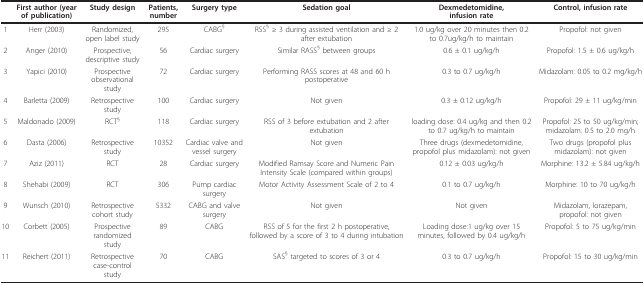
<table><thead><tr><td></td><td><b>First author (year of publication)</b></td><td><b>Study design</b></td><td><b>Patients, number</b></td><td><b>Surgery type</b></td><td><b>Sedation goal</b></td><td><b>Dexmedetomidine,infusion rate</b></td><td><b>Control, infusion rate</b></td></tr></thead><tbody><tr><td>1</td><td>Herr (2003)</td><td>Randomized, open label study</td><td>295</td><td>CABG<sup>§</sup></td><td>RSS<sup>§ </sup>≥ 3 during assisted ventilation and ≥ 2 after extubation</td><td>1.0 ug/kg over 20 minutes then 0.2 to 0.7ug/kg/h to maintain</td><td>Propofol: not given</td></tr><tr><td>2</td><td>Anger (2010)</td><td>Prospective, descriptive study</td><td>56</td><td>Cardiac surgery</td><td>Similar RASS<sup>§ </sup>between groups</td><td>0.6 ± 0.1 ug/kg/h</td><td>Propofol: 1.5 ± 0.6 ug/kg/h</td></tr><tr><td>3</td><td>Yapici (2010)</td><td>Prospective observational study</td><td>72</td><td>Cardiac surgery</td><td>Performing RASS scores at 48 and 60 h postoperative</td><td>0.3 to 0.7 ug/kg/h</td><td>Midazolam: 0.05 to 0.2 mg/kg/h</td></tr><tr><td>4</td><td>Barletta (2009)</td><td>Retrospective study</td><td>100</td><td>Cardiac surgery</td><td>Not given</td><td>0.3 ± 0.12 ug/kg/h</td><td>Propofol: 29 ± 11 ug/kg/min</td></tr><tr><td>5</td><td>Maldonado (2009)</td><td>RCT<sup>§</sup></td><td>118</td><td>Cardiac surgery</td><td>RSS of 3 before extubation and 2 after extubation</td><td>loading dose: 0.4 ug/kg and then 0.2 to 0.7 ug/kg/h to maintain</td><td>Propofol: 25 to 50 ug/kg/min; midazolam: 0.5 to 2.0 mg/h</td></tr><tr><td>6</td><td>Dasta (2006)</td><td>Retrospective study</td><td>10352</td><td>Cardiac valve and vessel surgery</td><td>Not given</td><td>Three drugs (dexmedetomidine, propofol plus midazolam): not given</td><td>Two drugs (propofol plus midazolam): not given</td></tr><tr><td>7</td><td>Aziz (2011)</td><td>RCT</td><td>28</td><td>Cardiac surgery</td><td>Modified Ramsay Score and Numeric Pain Intensity Scale (compared within groups)</td><td>0.12 ± 0.03 ug/kg/h</td><td>Morphine: 13.2 ± 5.84 ug/kg/h</td></tr><tr><td>8</td><td>Shehabi (2009)</td><td>RCT</td><td>306</td><td>Pump cardiac surgery</td><td>Motor Activity Assessment Scale of 2 to 4</td><td>0.1 to 0.7 ug/kg/h</td><td>Morphine: 10 to 70 ug/kg/h</td></tr><tr><td>9</td><td>Wunsch (2010)</td><td>Retrospective cohort study</td><td>5332</td><td>CABG and valve surgery</td><td>Not given</td><td>Not given</td><td>Midazolam, lorazepam, propofol: not given</td></tr><tr><td>10</td><td>Corbett (2005)</td><td>Prospective randomized study</td><td>89</td><td>CABG</td><td>RSS of 5 for the first 2 h postoperative, followed by a score of 3 to 4 during intubation</td><td>Loading dose:1 ug/kg over 15 minutes, followed by 0.4 ug/kg/h</td><td>Propofol: 5 to 75 ug/kg/min</td></tr><tr><td>11</td><td>Reichert (2011)</td><td>Retrospective case-control study</td><td>70</td><td>CABG</td><td>SAS<sup>§ </sup>targeted to scores of 3 or 4</td><td>0.3 to 0.7 ug/kg/h</td><td>Propofol: 15 to 30 ug/kg/min</td></tr></tbody></table>